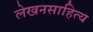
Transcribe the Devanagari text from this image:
लेखनसाहित्य